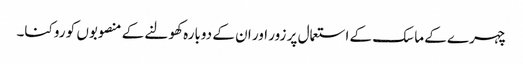
چہرے کے ماسک کے استعمال پر زور اور ان کے دوبارہ کھولنے کے منصوبوں کو روکنا۔